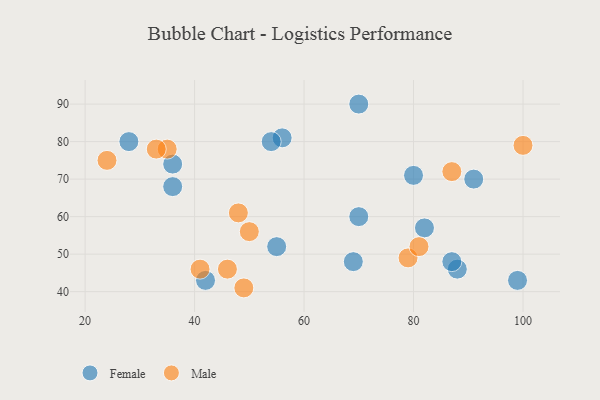
{"axis": {"x": "GDP", "y": "Life Expectancy"}, "legend": ["Female", "Male"], "data": [{"x": "70", "y": 60, "type": "Female"}, {"x": "36", "y": 68, "type": "Female"}, {"x": "91", "y": 70, "type": "Female"}, {"x": "80", "y": 71, "type": "Female"}, {"x": "88", "y": 46, "type": "Female"}, {"x": "87", "y": 48, "type": "Female"}, {"x": "42", "y": 43, "type": "Female"}, {"x": "36", "y": 74, "type": "Female"}, {"x": "69", "y": 48, "type": "Female"}, {"x": "82", "y": 57, "type": "Female"}, {"x": "99", "y": 43, "type": "Female"}, {"x": "55", "y": 52, "type": "Female"}, {"x": "70", "y": 90, "type": "Female"}, {"x": "28", "y": 80, "type": "Female"}, {"x": "56", "y": 81, "type": "Female"}, {"x": "54", "y": 80, "type": "Female"}, {"x": "41", "y": 46, "type": "Male"}, {"x": "87", "y": 72, "type": "Male"}, {"x": "79", "y": 49, "type": "Male"}, {"x": "100", "y": 79, "type": "Male"}, {"x": "35", "y": 78, "type": "Male"}, {"x": "81", "y": 52, "type": "Male"}, {"x": "50", "y": 56, "type": "Male"}, {"x": "49", "y": 41, "type": "Male"}, {"x": "48", "y": 61, "type": "Male"}, {"x": "46", "y": 46, "type": "Male"}, {"x": "33", "y": 78, "type": "Male"}, {"x": "24", "y": 75, "type": "Male"}]}